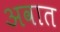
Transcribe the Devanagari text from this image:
अवात